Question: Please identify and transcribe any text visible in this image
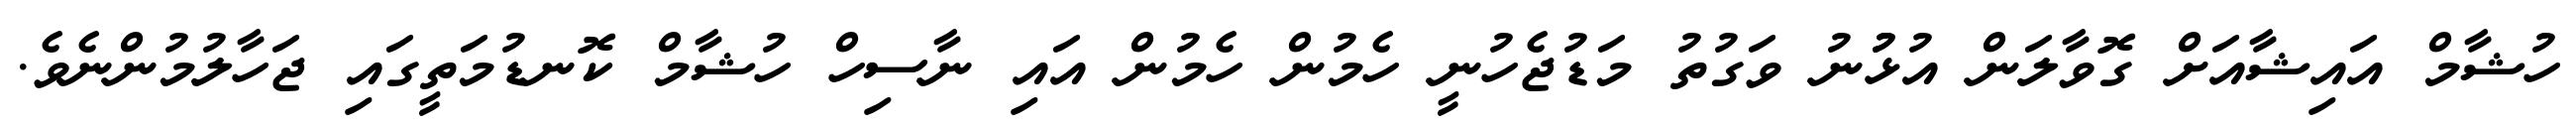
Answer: ހުޝާމް އައިޝާއަށް ގޮވާލަން އުޅުުނު ވަގުތު މަޑުޖެހުނީ ހެމުން ހެމުން އައި ނާސިހް ހުޝާމް ކޮނޑުމަތީގައި ޖަހާލުމުންނެވެ.